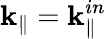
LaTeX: \mathbf k_{\mathrm{\parallel}}=\mathbf k_{\mathrm{\parallel}}^{in}